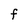
Character: F